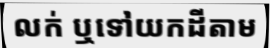
លក់ ឬទៅយកដីតាម